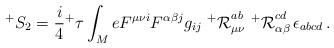
LaTeX: \begin{align*}^{+}S_2=\frac{i}{4}{^+\tau} \int_M e F^{\mu \nu i} F^{\alpha \beta j} g_{ij} \,\,{^+{\cal R}}_{\mu \nu }^{ab}\,\,{^+{\cal R}}_{\alpha \beta}^{cd}\, \epsilon_{abcd} \, . \end{align*}